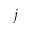
j